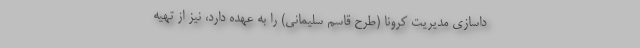
داسازی مدیریت کرونا (طرح قاسم سلیمانی) را به عهده دارد، نیز از تهیه